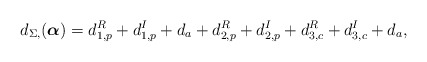
\begin{align*}d_{\Sigma,}(\boldsymbol{\alpha}) = d_{1,p}^R + d_{1,p}^I + d_{a} + d_{2,p}^R+ d_{2,p}^I+ d_{3,c}^R+ d_{3,c}^I+ d_{a},\end{align*}